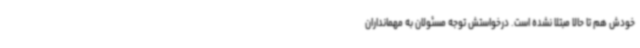
خودش هم تا حالا مبتلا نشده است. درخواستش توجه مسئولان به مهمانداران